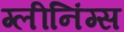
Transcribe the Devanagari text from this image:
ग्लीनिंग्स